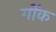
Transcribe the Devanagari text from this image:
गोंक